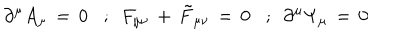
\, \, \, \, \partial ^ { \mu } A _ { \mu } \, = \, 0 \, \, \, \, \, ; \, \, \, F _ { \mu \nu } \, + \, { \tilde { F } } _ { \mu \nu } \, = \, 0 \, \, \, \, \, ; \, \, \, \partial ^ { \mu } \Psi _ { \mu } \, = \, 0